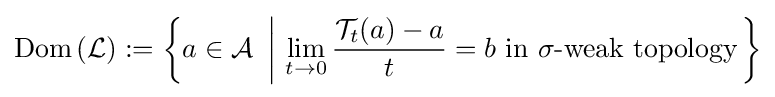
\operatorname {Dom} \left({\mathcal {L}}\right):=\left\{a\in {\mathcal {A}}~\left\vert ~\lim _{t\rightarrow 0}{\frac {{\mathcal {T}}_{t}(a)-a}{t}}=b{\text{ in }}\sigma {\text{-weak topology}}\right.\right\}